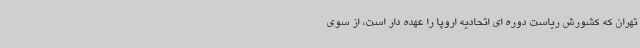
تهران که کشورش ریاست دوره ای اتحادیه اروپا را عهده دار است، از سوی